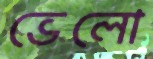
ভেলো